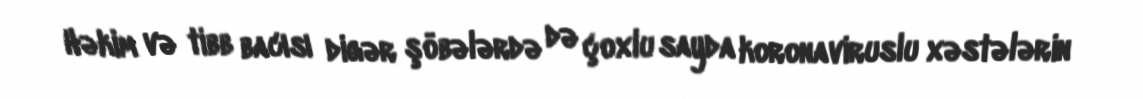
Həkim və tibb bacısı digər şöbələrdə də çoxlu sayda koronaviruslu xəstələrin